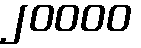
၂၀၀၀၀